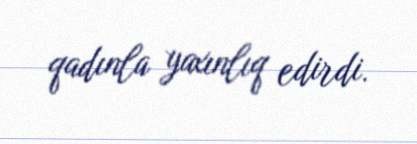
qadınla yaxınlıq edirdi.